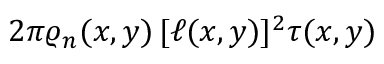
2 \pi \varrho _ { n } ( x , y ) \, [ \ell ( x , y ) ] ^ { 2 } \tau ( x , y )